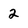
Character: 2